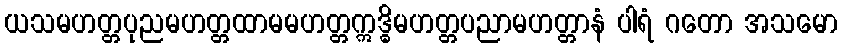
ယသမဟတ္တပုညမဟတ္တထာမမဟတ္တဣဒ္ဓိမဟတ္တပညာမဟတ္တာနံ ပါရံ ဂတော အသမော